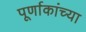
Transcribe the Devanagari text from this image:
पूर्णाकांच्या